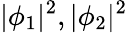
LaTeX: |\phi_{1}|^{2},|\phi_{2}|^{2}